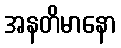
အနတိမာနော